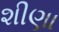
શીણા